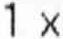
1 X